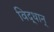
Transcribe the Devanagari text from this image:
विद्धान्‌